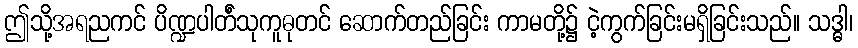
ဤသို့အရညကင် ပိဏ္ဍပါတ်ံသုကူဓုတင် ဆောက်တည်ခြင်း ကာမတို့၌ ငဲ့ကွက်ခြင်းမရှိခြင်းသည်။ သဒ္ဓါ၊